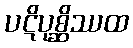
ပဋိပုစ္ဆိဿထ